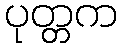
ပုတ္တက